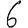
Digit: 6